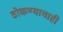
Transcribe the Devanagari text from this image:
ठोकण्याचाही